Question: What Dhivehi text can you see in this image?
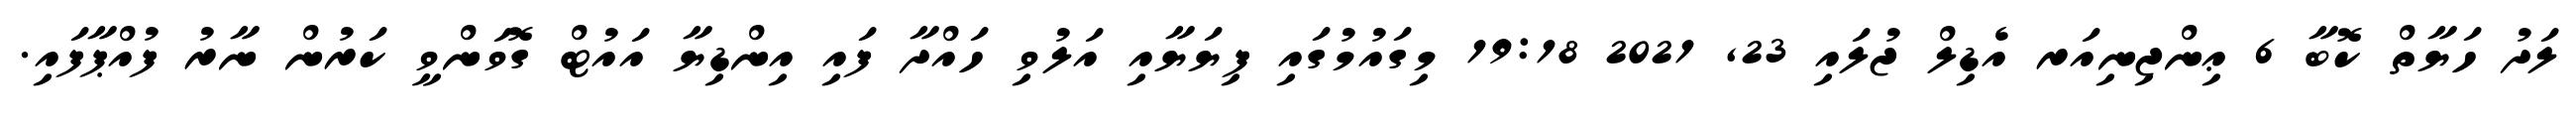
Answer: ލަދު ހަޔާތް ކޮބާ 6 ޢިންޖިނިއަރ އެޑިލް ޖުލައި 23, 2021 19:18 މިގައުމުގައި ފިޔަޔާއި އަލުވި ހައްދާ ފައި އިންޑިޔާ އައުޓް ގޮވަންވީ ކަރުން ނާރު ފުއްޕާފައި.